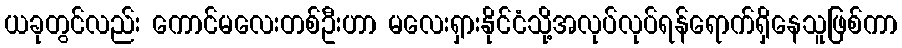
ယခုတွင်လည်း ကောင်မလေးတစ်ဦးဟာ မလေးရှားနိုင်ငံသို့အလုပ်လုပ်ရန်ရောက်ရှိနေသူဖြစ်ကာ